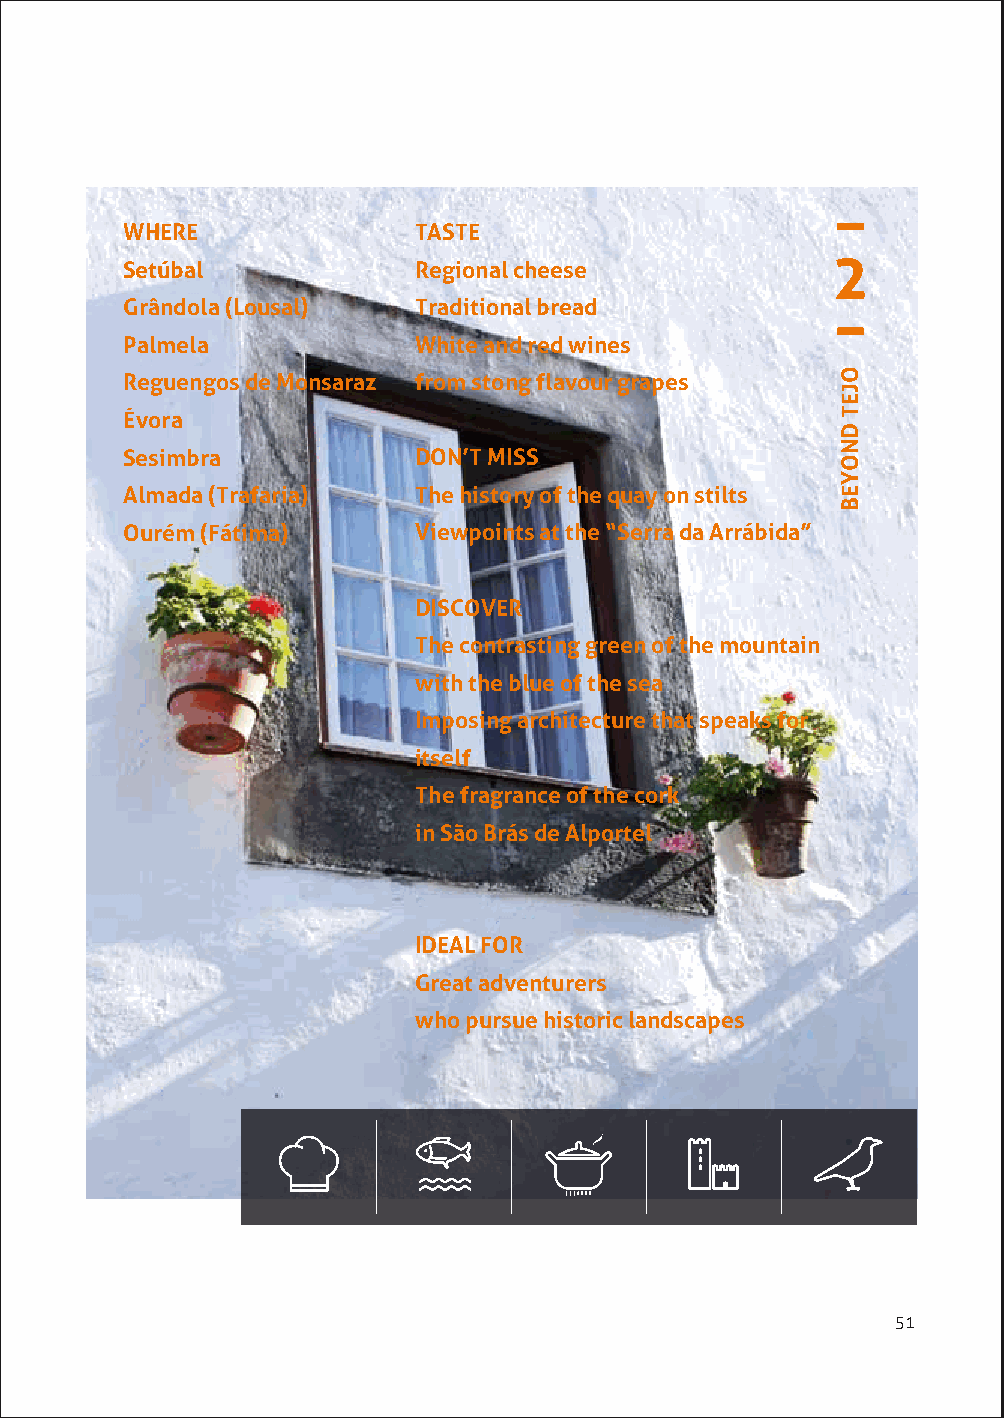
WHERE              TASTE
 2
 Setúbal            Regional cheese
 Grândola (Lousal)  Traditional bread
 Palmela            White and red wines
 Reguengos de Monsaraz from stong flavour grapes
 Évora
 Sesimbra           DON’T MISS
 Almada (Trafaria)  The history of the quay on stilts
 Ourém (Fátima)     Viewpoints at the “Serra da Arrábida”
 DISCOVER
 The contrasting green of the mountain
 with the blue of the sea
 Imposing architecture that speaks for
 itself
 The fragrance of the cork
 in São Brás de Alportel
 IDEAL FOR
 Great adventurers
 who pursue historic landscapes
 51
 OJET
 DNOYEB